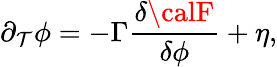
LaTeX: \partial_{\mathcal{T}}\phi=-\Gamma\frac{{\delta{\calF}}}{{\delta\phi}}+\eta,